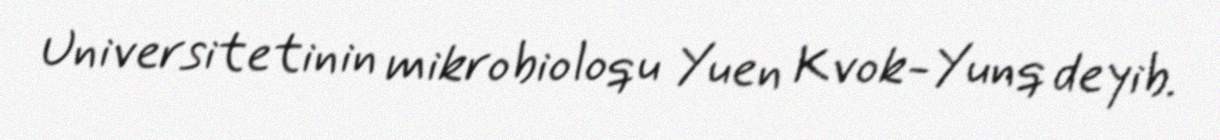
Universitetinin mikrobioloqu Yuen Kvok-Yunq deyib.